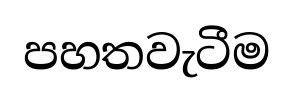
පහතවැටීම